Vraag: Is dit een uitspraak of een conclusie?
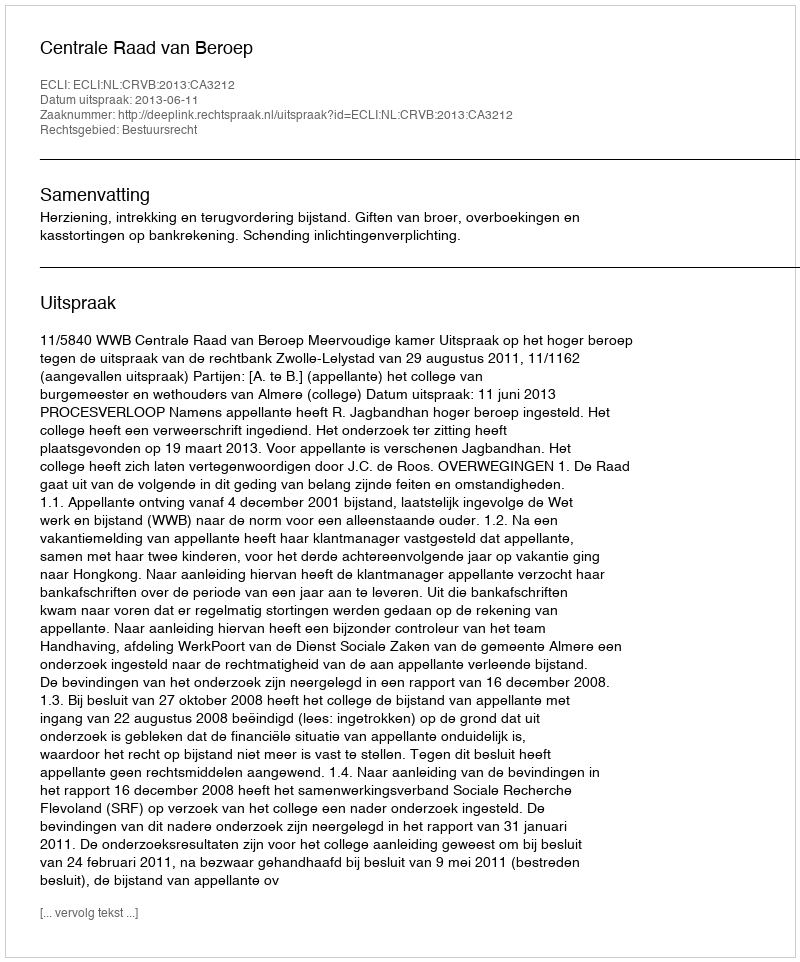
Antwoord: Uitspraak